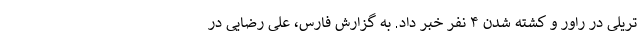
تریلی در راور و کشته شدن ۴ نفر خبر داد. به گزارش فارس، علی رضایی در